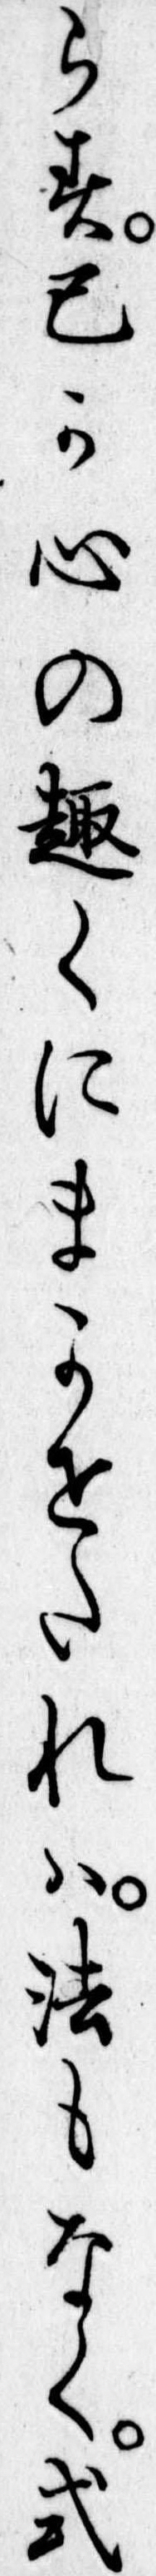
らす己か心の趣くにまかせたれは法もなく式